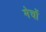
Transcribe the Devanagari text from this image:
मेचों